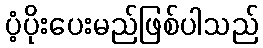
ပံ့ပိုးပေးမည်ဖြစ်ပါသည်